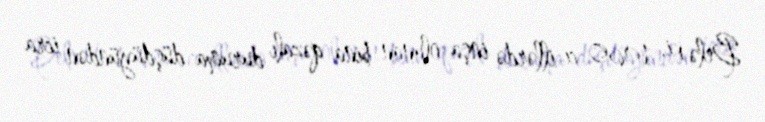
Belə ki, 1960-cı illərdə inşa olunan bina qəzalı duruma düşdüyündən icra